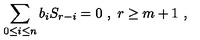
\sum _ { 0 \le i \le n } b _ { i } S _ { r - i } = 0 \ , \ r \ge m + 1 \ ,